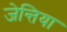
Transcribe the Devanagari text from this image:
जेन्तिया